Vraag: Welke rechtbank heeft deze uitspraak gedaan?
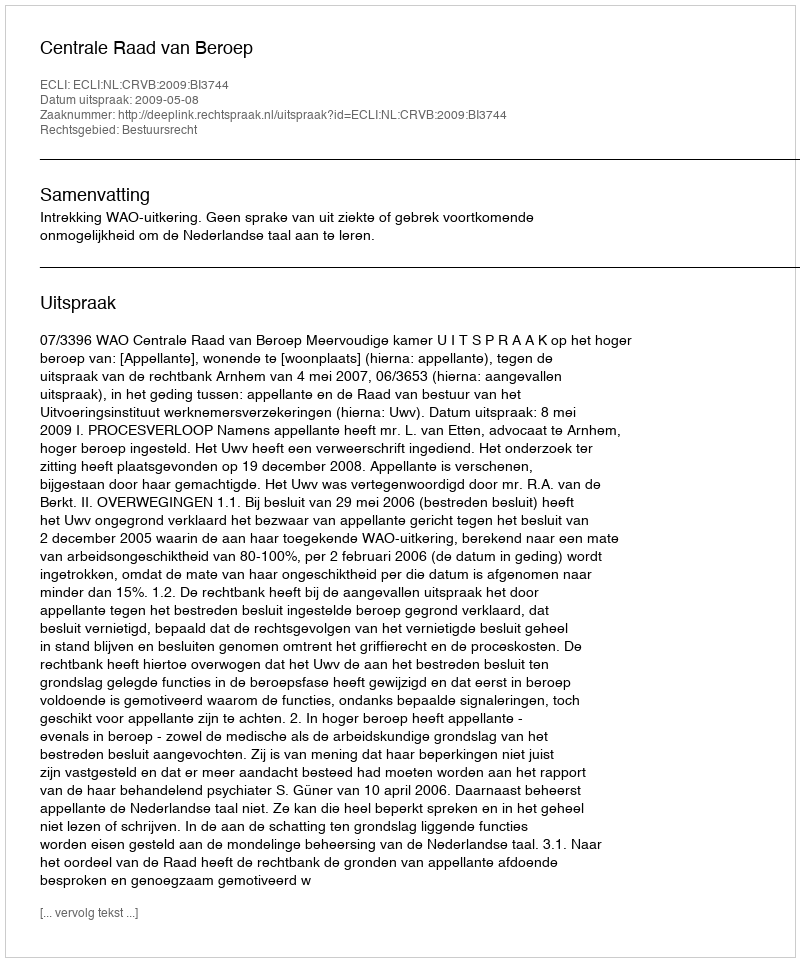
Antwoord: Centrale Raad van Beroep